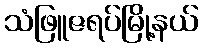
သံဖြူဇရပ်မြို့နယ်